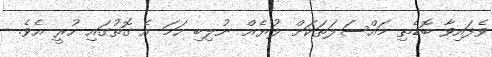
ވެފައިވާ ބޮޑެތި މައްސަލަތަކަށް ލުޔެއް ނުލިބި ހަމަ އެ ގޮތުގައި ހުރީ އެވެ.